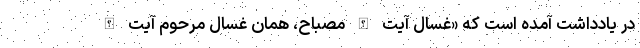
در یادداشت آمده است که «غسال آیت الله مصباح، همان غسال مرحوم آیت الله